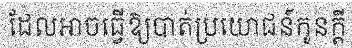
ដែលអាចធ្វើឱ្យបាត់ប្រយោជន៍កូនក្តី